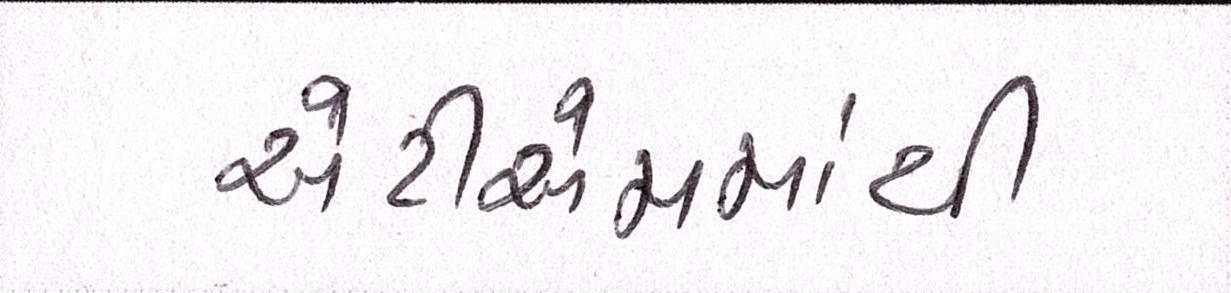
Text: એટીએમમાંથી